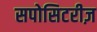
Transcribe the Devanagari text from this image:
सपोसिटरीज़